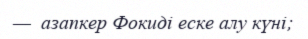
—  азапкер Фокиді еске алу күні;